Indian journal of veterinary science and animal husbandry - Volume 5,
Year: 1935
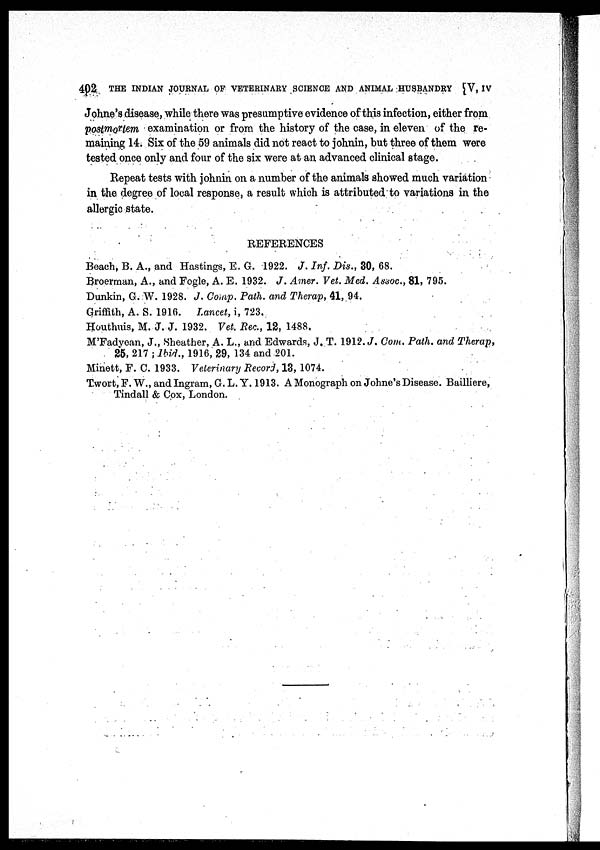
402 THE INDIAN JOURNAL OF VETERINARY SCIENCE AND ANIMAL HUSBANDRY [V, IV
Johne's disease, while there was presumptive evidence of this infection, either from
postmortem examination or from the history of the case, in eleven of the re-
maining 14. Six of the 59 animals did not react to johnin, but three of them were
tested once only and four of the six were at an advanced clinical stage.
Repeat tests with johnin on a number of the animals showed much variation
in the degree of local response, a result which is attributed to variations in the
allergic state.
REFERENCES
Beach, B. A., and Hastings, E. G. 1922. J. Inf. Dis., 30, 68.
Broerman, A., and Fogle, A. E. 1932. J. Amer. Vet. Med. Assoc., 81, 795.
Dunkin, G. W. 1928. J. Comp. Path. and Therap, 41, 94.
Griffith, A. S. 1916. Lancet, i, 723.
Houthuis, M. J. J. 1932. Vet. Rec., 12, 1488.
M'Fadyean, J., Sheather, A. L., and Edwards, J. T. 1912. J. Com. Path. and Therap,
25, 217 ; Ibid., 1916, 29, 134 and 201.
Minett, F. C. 1933. Veterinary Record, 13, 1074.
Twort, F. W., and Ingram, G. L. Y. 1913. A Monograph on Johne's Disease. Bailliere,
Tindall & Cox, London.